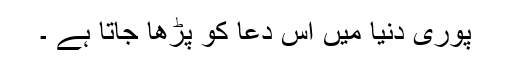
پوری دنیا میں اس دعا کو پڑھا جاتا ہے ۔